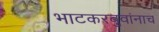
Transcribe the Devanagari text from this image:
भाटकरबुवांनाच